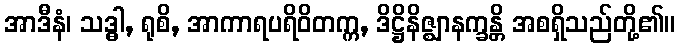
အာဒီနံ၊ သဒ္ဓါ, ရုစိ, အာကာရပရိဝိတက္က, ဒိဋ္ဌိနိဇ္ဈာနက္ခန္တိ အစရှိသည်တို့၏။